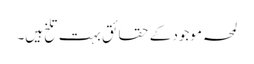
لمحہ موجود کے حقائق بہت تلخ ہیں۔